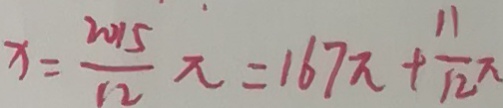
x = \frac { 2 0 1 5 } { 1 2 } \pi = 1 6 7 \pi + \frac { 1 1 } { 1 2 } \pi